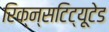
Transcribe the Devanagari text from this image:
रिक्न्सटिट्यूटेड